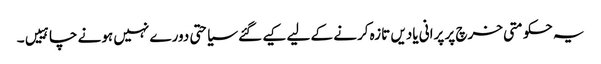
یہ حکومتی خرچ پر پرانی یادیں تازہ کرنے کے لیے کیے گئے سیاحتی دورے نہیں ہونے چاہییں۔